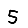
Digit: 5